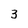
Character: 3